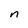
Character: n